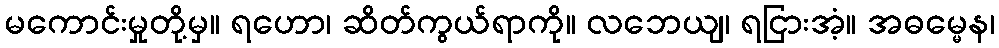
မကောင်းမှုတို့မှ။ ရဟော၊ ဆိတ်ကွယ်ရာကို။ လဘေယျ၊ ရငြားအံ့။ အဓမ္မေန၊